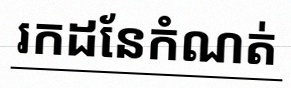
រកដែនកំណត់